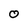
Character: O